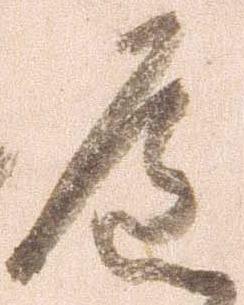
道